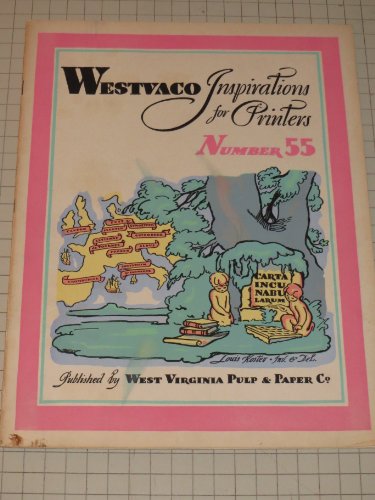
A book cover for Westvaco Inspirations for Printers No.55 - Maps & Cartography - Charts & Diagrams - Origin & History of the Calendar - Maps; Calendars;